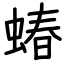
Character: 蝽